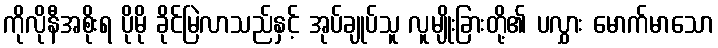
ကိုလိုနီအစိုးရ ပိုမို ခိုင်မြဲလာသည်နှင့် အုပ်ချုပ်သူ လူမျိုးခြားတို့၏ ပလွှား မောက်မာသော